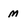
Character: m